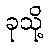
ခုသို့